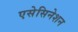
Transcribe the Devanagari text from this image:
एसेसिनेशन